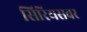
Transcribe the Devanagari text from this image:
सिरियसवर